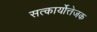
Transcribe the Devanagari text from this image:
सत्कार्योत्तेजक